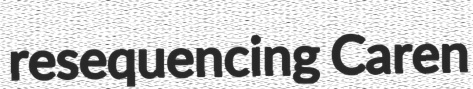
resequencing Caren